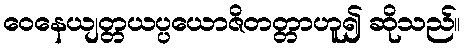
ဝေနေယျတ္တယပ္ပယောဇိတတ္တာဟူ၍ ဆိုသည်။